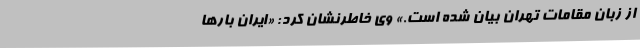
از زبان مقامات تهران بیان شده است.» وی خاطرنشان کرد: «ایران بارها